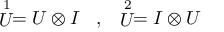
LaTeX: \begin{array} { c c } { { \stackrel { 1 } { U } = U \otimes I \; \; \; , } } & { { \stackrel { 2 } { U } = I \otimes U } } \end{array}